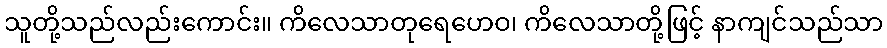
သူတို့သည်လည်းကောင်း။ ကိလေသာတုရေဟေဝ၊ ကိလေသာတို့ဖြင့် နာကျင်သည်သာ